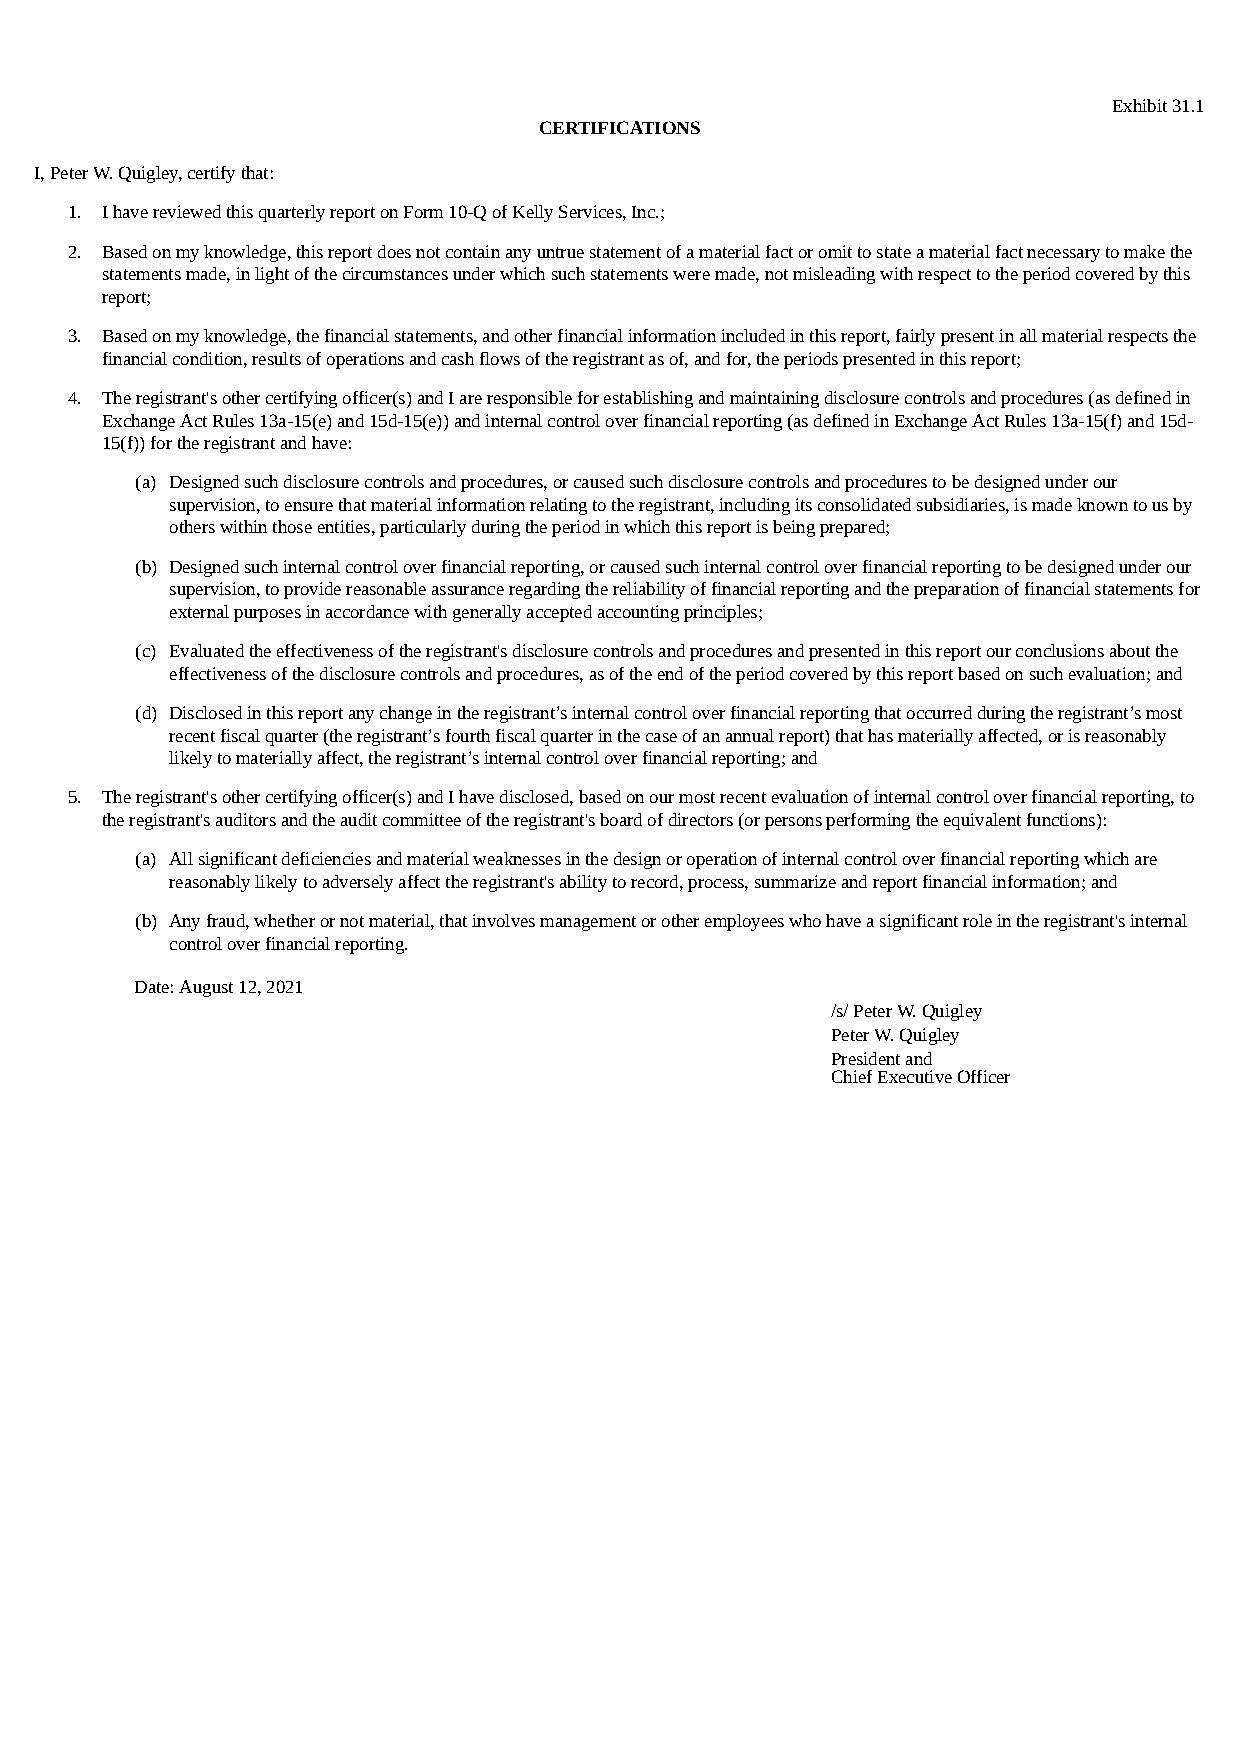
Exhibit 31.1
 CERTIFICATIONS
 I, Peter W. Quigley, certify that:
 1. I have reviewed this quarterly report on Form 10-Q of Kelly Services, Inc.;
 2. Based on my knowledge, this report does not contain any untrue statement of a material fact or omit to state a material fact necessary to make the
 statements made, in light of the circumstances under which such statements were made, not misleading with respect to the period covered by this
 report;
 3. Based on my knowledge, the financial statements, and other financial information included in this report, fairly present in all material respects the
 financial condition, results of operations and cash flows of the registrant as of, and for, the periods presented in this report;
 4. The registrant's other certifying officer(s) and I are responsible for establishing and maintaining disclosure controls and procedures (as defined in
 Exchange Act Rules 13a-15(e) and 15d-15(e)) and internal control over financial reporting (as defined in Exchange Act Rules 13a-15(f) and 15d-
 15(f)) for the registrant and have:
 (a) Designed such disclosure controls and procedures, or caused such disclosure controls and procedures to be designed under our
 supervision, to ensure that material information relating to the registrant, including its consolidated subsidiaries, is made known to us by
 others within those entities, particularly during the period in which this report is being prepared;
 (b) Designed such internal control over financial reporting, or caused such internal control over financial reporting to be designed under our
 supervision, to provide reasonable assurance regarding the reliability of financial reporting and the preparation of financial statements for
 external purposes in accordance with generally accepted accounting principles;
 (c) Evaluated the effectiveness of the registrant's disclosure controls and procedures and presented in this report our conclusions about the
 effectiveness of the disclosure controls and procedures, as of the end of the period covered by this report based on such evaluation; and
 (d) Disclosed in this report any change in the registrant’s internal control over financial reporting that occurred during the registrant’s most
 recent fiscal quarter (the registrant’s fourth fiscal quarter in the case of an annual report) that has materially affected, or is reasonably
 likely to materially affect, the registrant’s internal control over financial reporting; and
 5. The registrant's other certifying officer(s) and I have disclosed, based on our most recent evaluation of internal control over financial reporting, to
 the registrant's auditors and the audit committee of the registrant's board of directors (or persons performing the equivalent functions):
 (a) All significant deficiencies and material weaknesses in the design or operation of internal control over financial reporting which are
 reasonably likely to adversely affect the registrant's ability to record, process, summarize and report financial information; and
 (b) Any fraud, whether or not material, that involves management or other employees who have a significant role in the registrant's internal
 control over financial reporting.
 Date: August 12, 2021
 /s/ Peter W. Quigley
 Peter W. Quigley
 President and
 Chief Executive Officer